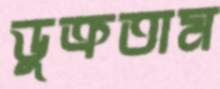
ডুক্‌রতাম